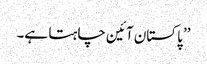
’’پاکستان آئین چاہتا ہے۔